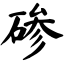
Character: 碜